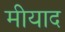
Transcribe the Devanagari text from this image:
मीयाद